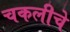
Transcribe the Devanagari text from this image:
चकलीचे